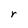
Character: r